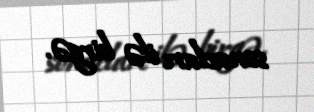
sonucları ilə birgə.